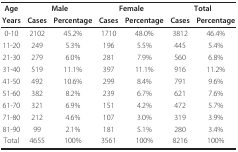
| Age | <COLSPAN=2> Male | <COLSPAN=2> Female | <COLSPAN=2> Total |
 | Years | Cases | Percentage | Cases | Percentage | Cases | Percentage |
 | --- | --- | --- | --- | --- | --- | --- |
 | 0-10 | 2102 | 45.2% | 1710 | 48.0% | 3812 | 46.4% |
 | 11-20 | 249 | 5.3% | 196 | 5.5% | 445 | 5.4% |
 | 21-30 | 279 | 6.0% | 281 | 7.9% | 560 | 6.8% |
 | 31-40 | 519 | 11.1% | 397 | 11.1% | 916 | 11.2% |
 | 41-50 | 492 | 10.6% | 299 | 8.4% | 791 | 9.6% |
 | 51-60 | 382 | 8.2% | 239 | 6.7% | 621 | 7.6% |
 | 61-70 | 321 | 6.9% | 151 | 4.2% | 472 | 5.7% |
 | 71-80 | 212 | 4.6% | 107 | 3.0% | 319 | 3.9% |
 | 81-90 | 99 | 2.1% | 181 | 5.1% | 280 | 3.4% |
 | Total | 4655 | 100% | 3561 | 100% | 8216 | 100% |